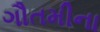
ગૌતમીના